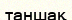
таншақ